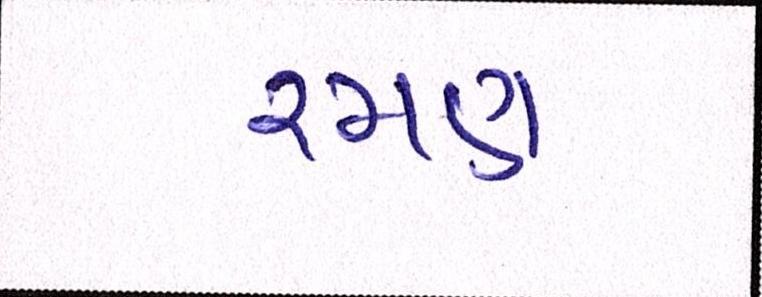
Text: રમણ